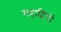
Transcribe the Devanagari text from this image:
महाद्विपों